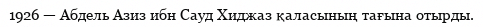
1926 — Абдель Азиз ибн Сауд Хиджаз қаласының тағына отырды.